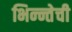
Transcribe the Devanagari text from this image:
भिन्न्तेची